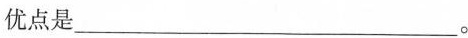
优点是___。